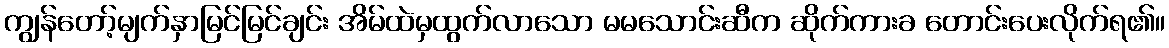
ကျွန်တော့်မျက်နှာမြင်မြင်ချင်း အိမ်ထဲမှထွက်လာသော မမသောင်းဆီက ဆိုက်ကားခ တောင်းပေးလိုက်ရ၏။